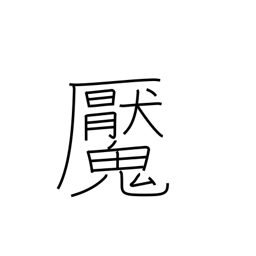
Meaning: have a nightmare